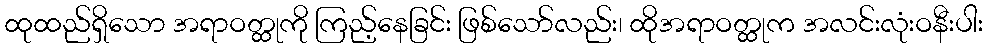
ထုထည်ရှိသော အရာဝတ္ထုကို ကြည့်နေခြင်း ဖြစ်သော်လည်း၊ ထိုအရာဝတ္ထုက အလင်းလုံးဝနီးပါး